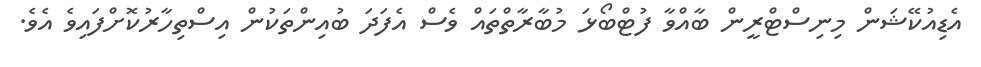
އެޑިއުކޭޝަން މިނިސްޓްރީން ބާއްވާ ފުޓްބޯޅަ މުބާރާތްތައް ވެސް އެފަދަ ބުއިންތަކުން އިސްތިހާރުކޮށްފައިވެ އެވެ.